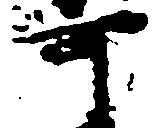
可